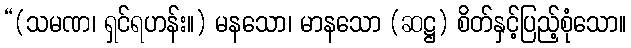
“(သမဏ၊ ရှင်ရဟန်း။) မနသော၊ မာနသော (ဆဋ္ဌ) စိတ်နှင့်ပြည့်စုံသော။